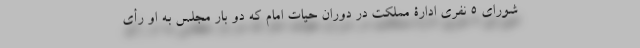
شورای 5 نفری ادارۀ مملکت در دوران حیات امام که دو بار مجلس به او رأی